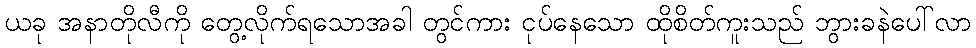
ယခု အနာတိုလီကို တွေ့လိုက်ရသောအခါ တွင်ကား ငုပ်နေသော ထိုစိတ်ကူးသည် ဘွားခနဲပေါ်လာ